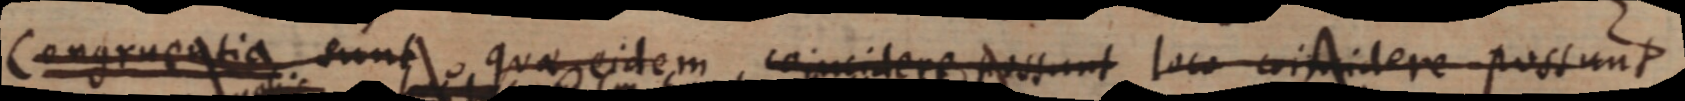
Congruentia sunt quae eidem coincidere possunt loco coincidere possunt